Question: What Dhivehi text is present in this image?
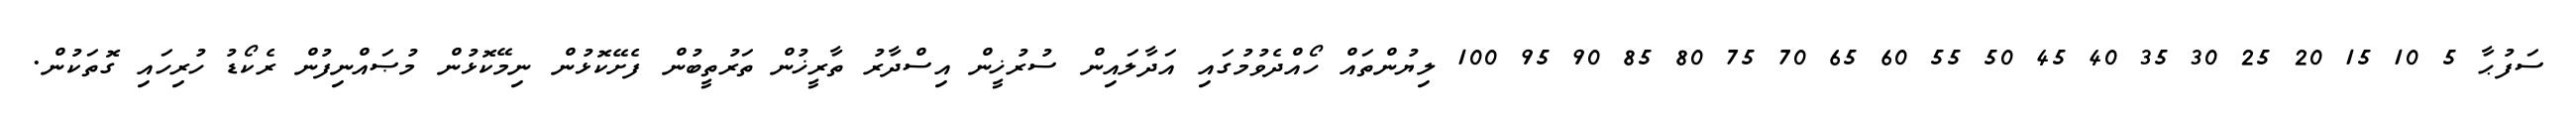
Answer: ސަފުޙާ 5 10 15 20 25 30 35 40 45 50 55 60 65 70 75 80 85 90 95 100 ލިޔުންތައް ހޯއްދެވުމުގައި އަދާލައިން ސުރުޚީން އިސްދާރު ތާރީޚުން ތަރުތީބުން ފެށޭކޮޅުން ނިމޭކޮޅުން މުޞައްނިފުން ރެކޯޑު ހުރިހައި ގޮތަކުން.